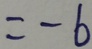
= - 6